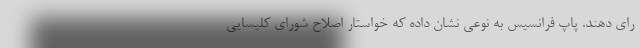
رای دهند. پاپ فرانسیس به نوعی نشان داده که خواستار اصلاح شورای کلیسایی